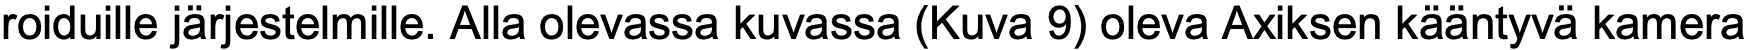
roiduille järjestelmille. Alla olevassa kuvassa (Kuva 9) oleva Axiksen kääntyvä kamera